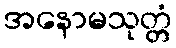
အနောမသုတ္တံ